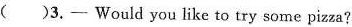
( )3.- Would you like to try some pizza?